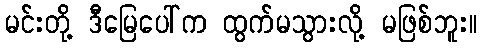
မင်းတို့ ဒီမြေပေါ်က ထွက်မသွားလို့ မဖြစ်ဘူး။